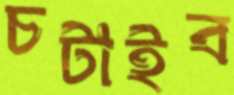
চটাইব